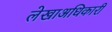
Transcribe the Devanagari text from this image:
लेखाअधिकारी